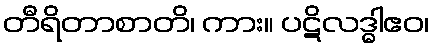
တီရိတာစာတိ၊ ကား။ ပဋိလဒ္ဓါဧဝ၊